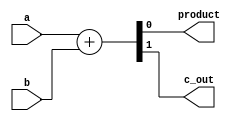
`timescale 1ns / 1ps
//////////////////////////////////////////////////////////////////////////////////
// Company: 
// Engineer: 
// 
// Design Name: 
// Module Name:    half_adder 
// Project Name: 
// Target Devices: 
// Tool versions: 
// Description: 
//
// Dependencies: 
//
// Revision: 
// Revision 0.01 - File Created
// Additional Comments: 
//
//////////////////////////////////////////////////////////////////////////////////
module half_adder(input a, input b,output product,output c_out
    );
assign {c_out,product} = a+b;

endmodule